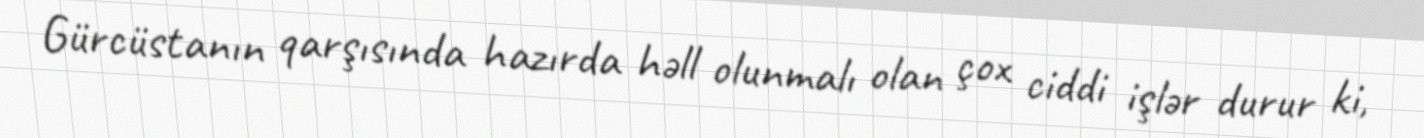
Gürcüstanın qarşısında hazırda həll olunmalı olan çox ciddi işlər durur ki,